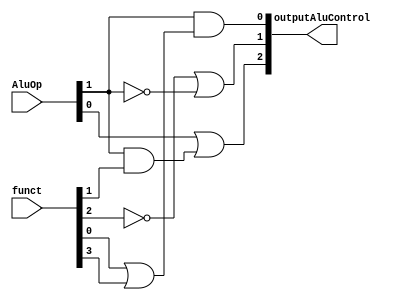
module AluControl (outputAluControl,funct,AluOp);

	output [2:0] outputAluControl;
	input [5:0] funct;
	input [1:0] AluOp;
	wire f1,n1,n2,f2;
	or (f1,funct[0],funct[3]);
	and (outputAluControl[0], AluOp[1],f1);
	not (n1,funct[2]);
	not (n2,AluOp[1]);
	or (outputAluControl[1],n1,n2);
	and (f2,AluOp[1],funct[1]);
	or (outputAluControl[2],AluOp[0],f2);

endmodule